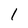
Character: 1